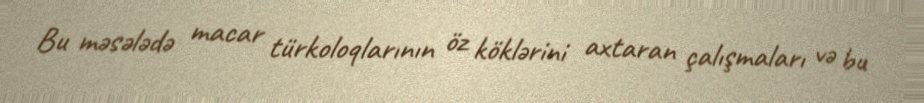
Bu məsələdə macar türkoloqlarının öz köklərini axtaran çalışmaları və bu